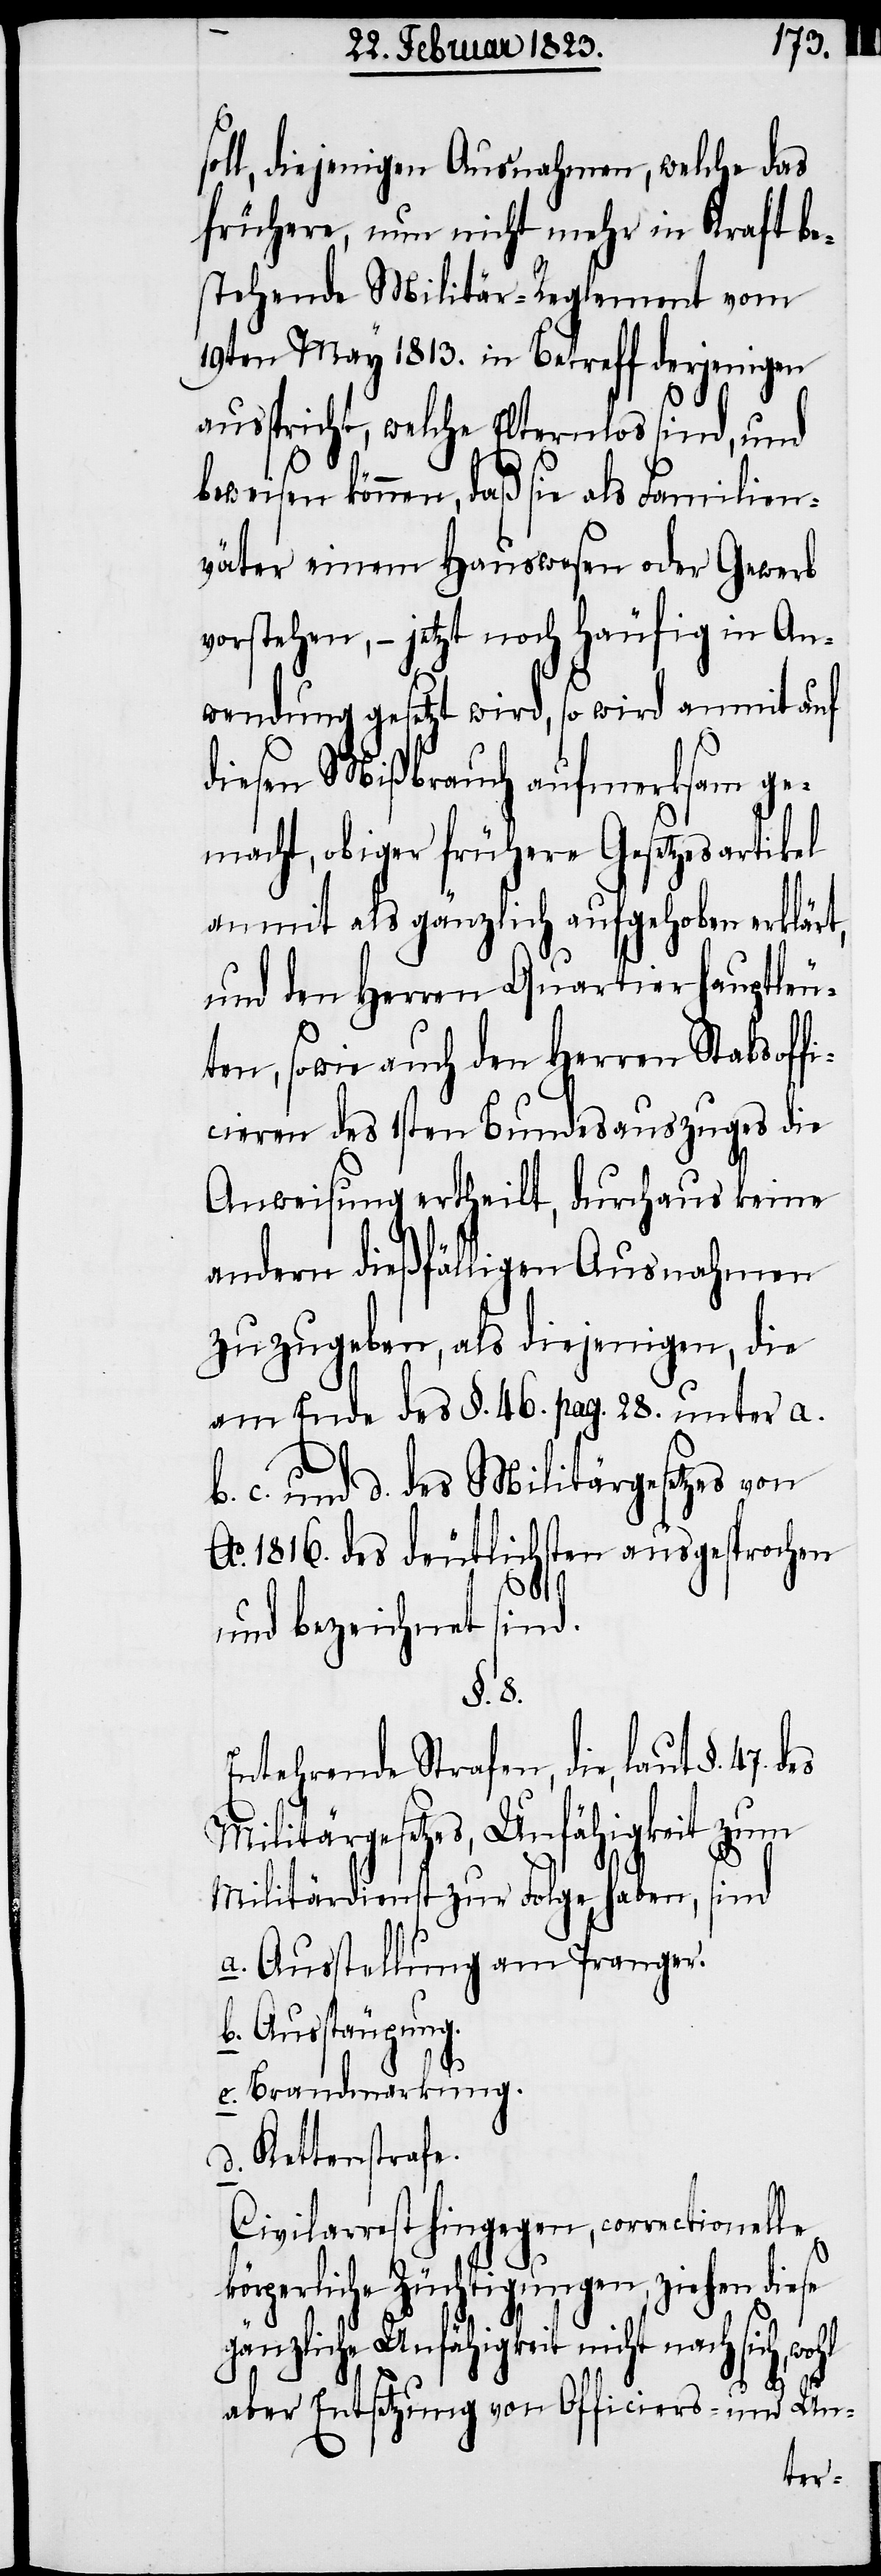
soll, diejenigen Ausnahmen, welche das
frühere, nun nicht mehr in Kraft be¬
stehende Militär-Reglement vom
19ten May 1813. in Betreff derjenigen
ausspricht, welche Elternlos sind, und
beweisen können, daß sie als Familien¬
väter einem Hauswesen oder Gewerb
vorstehen, – jetzt noch häufig in An¬
wendung gesetzt wird, so wird anmit auf
diesen Mißbrauch aufmerksam ge¬
macht, obiger frühere Gesetzesartikel
anmit als gänzlich aufgehoben erklärt,
und den Herren Quartierhauptleu¬
ten, sowie auch den Herren Stabsoffi¬
cieren des 1sten Bundesauszuges die
Anweisung ertheilt, durchaus keine
andern dießfälligen Ausnahmen
zuzugeben, als diejenigen, die
am Ende des §. 46. pag. 28. unter a.[,]
c. und d. des Militärgesetzes von
Ao. 1816. des deutlichsten ausgesprochen
und bezeichnet sind.
§. 8.
Entehrende Strafen, die, laut §. 47.
Militärgesetzes, Unfähigkeit zum
Militärdienst zur Folge haben, sind
a. Ausstellung am Pranger.
b. Ausstäupung.
c. Brandmarkung.
d. Kettenstrafe.
Civilarrest hingegen, correctionelle
körperliche Züchtigungen, ziehen diese
gänzliche Unfähigkeit nicht nach sich,
aber Entsetzung von Officiers- und Un-